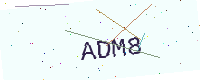
Text: ADM8